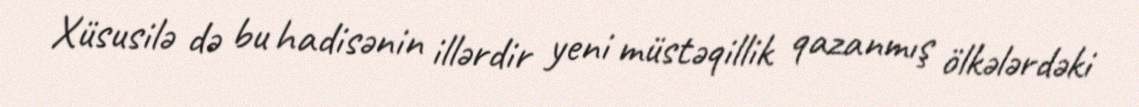
Xüsusilə də bu hadisənin illərdir yeni müstəqillik qazanmış ölkələrdəki